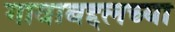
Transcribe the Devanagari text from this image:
गावाबद्दलच्या